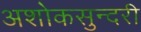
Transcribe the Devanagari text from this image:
अशोकसुन्दरी